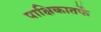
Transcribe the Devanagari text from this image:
पाक्षिकातर्फे